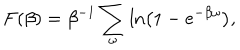
LaTeX: F ( \beta ) = \beta ^ { - 1 } \sum _ { \omega } \ln \left( 1 - e ^ { - \beta \omega } \right) ,